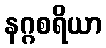
နဂ္ဂစရိယာ